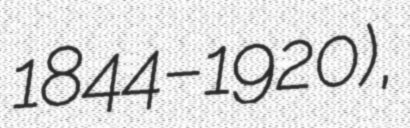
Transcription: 1844–1920),